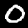
Label: 0